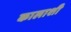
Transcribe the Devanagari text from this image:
कालाशी